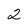
Character: 2